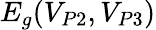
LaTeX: E_{g}(V_{P2},V_{P3})